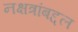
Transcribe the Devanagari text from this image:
नक्षत्रांबद्दल